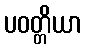
ပဝတ္တိယာ